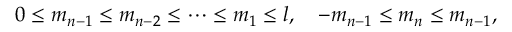
0 \leq m _ { n - 1 } \leq m _ { n - 2 } \leq \cdots \leq m _ { 1 } \leq l , \quad - m _ { n - 1 } \leq m _ { n } \leq m _ { n - 1 } ,